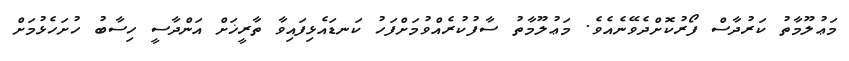
މަޢުލޫމާތު ކަރުދާސް ފޯރުކޮށްދެވޭނެއެވެ. މަޢުލޫމާތު ސާފުކުރެއްވުމަށްފަހު ކަނޑައެޅިފައިވާ ތާރީޚަށް އަންދާސީ ހިސާބު ހުށަހެޅުމަށް